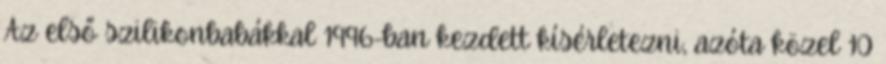
Az első szilikonbabákkal 1996-ban kezdett kísérletezni, azóta közel 10